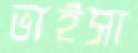
ভাইসা